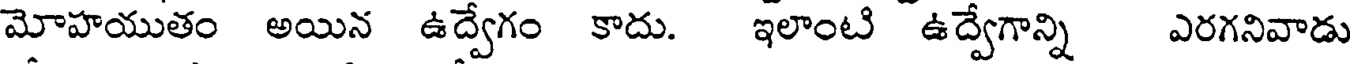
మోహయుతం అయిన ఉద్వేగం కాదు. ఇలాంటి ఉద్వేగాన్ని ఎరగనివాడు